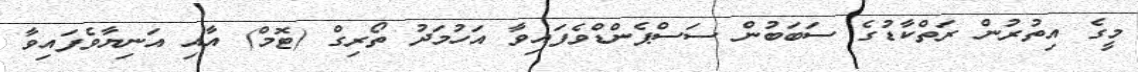
މީގެ އިތުރުން ރަތްކާޑުގެ ސަބަބުން ސަސްޕެންޑްވެފައިވާ އަހުމަދު ތޯރިގް (ޓޮމް) އާއި އަނިޔާވެފައިވާ